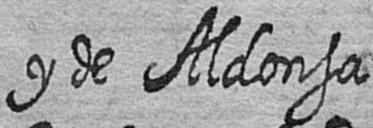
y de Aldonsa